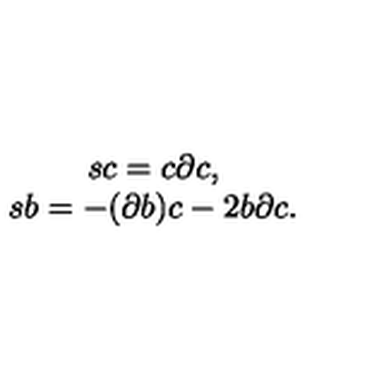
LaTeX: \begin{array} { c } { s c = c \partial c , } \\ { s b = - ( \partial b ) c - 2 b \partial c . } \\ \end{array}